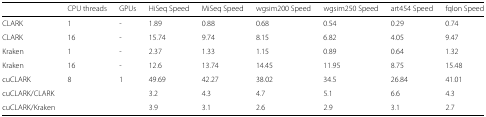
<table><thead><tr><td></td><td><b>CPU threads</b></td><td><b>GPUs</b></td><td><b>HiSeq Speed</b></td><td><b>MiSeq Speed</b></td><td><b>wgsim200 Speed</b></td><td><b>wgsim250 Speed</b></td><td><b>art454 Speed</b></td><td><b>fqIon Speed</b></td></tr></thead><tbody><tr><td>CLARK</td><td>1</td><td>-</td><td>1.89</td><td>0.88</td><td>0.68</td><td>0.54</td><td>0.29</td><td>0.74</td></tr><tr><td>CLARK</td><td>16</td><td>-</td><td>15.74</td><td>9.74</td><td>8.15</td><td>6.82</td><td>4.05</td><td>9.47</td></tr><tr><td>Kraken</td><td>1</td><td>-</td><td>2.37</td><td>1.33</td><td>1.15</td><td>0.89</td><td>0.64</td><td>1.32</td></tr><tr><td>Kraken</td><td>16</td><td>-</td><td>12.6</td><td>13.74</td><td>14.45</td><td>11.95</td><td>8.75</td><td>15.48</td></tr><tr><td>cuCLARK</td><td>8</td><td>1</td><td>49.69</td><td>42.27</td><td>38.02</td><td>34.5</td><td>26.84</td><td>41.01</td></tr><tr><td>cuCLARK/CLARK</td><td></td><td></td><td>3.2</td><td>4.3</td><td>4.7</td><td>5.1</td><td>6.6</td><td>4.3</td></tr><tr><td>cuCLARK/Kraken</td><td></td><td></td><td>3.9</td><td>3.1</td><td>2.6</td><td>2.9</td><td>3.1</td><td>2.7</td></tr></tbody></table>